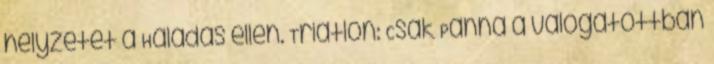
helyzetét a Haladás ellen. Triatlon: Csák Panna a válogatottban